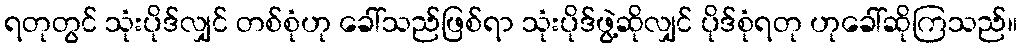
ရတုတွင် သုံးပိုဒ်လျှင် တစ်စုံဟု ခေါ်သည်ဖြစ်ရာ သုံးပိုဒ်ဖွဲ့ဆိုလျှင် ပိုဒ်စုံရတု ဟုခေါ်ဆိုကြသည်။